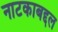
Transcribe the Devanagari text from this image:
नाटकाबद्दल